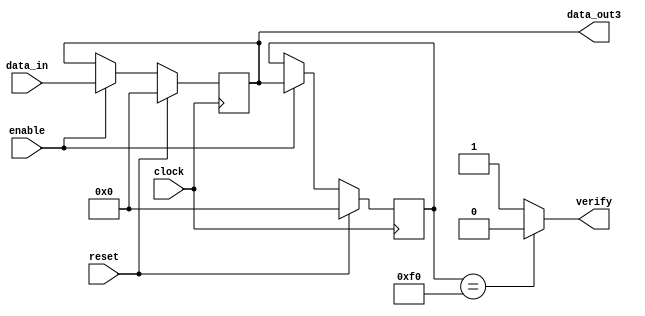
`timescale 1ns / 1ps

module shift_reg_8bit_3loc(
    input wire clock,
    input wire reset,
    input wire enable,
    input wire [7:0] data_in,
    //output wire [7:0] data_out1,
    //output wire [7:0] data_out2,
    output wire [7:0] data_out3,
    //output wire [7:0] data_out4,
    output wire verify
);
/*  SE MAI DECLARA UN OUT NECESAR PT FIECARE JOC IN PARTE DUPA NEVOIE
    SI VA FI CONECTAT UNU LA REG[1] UNU LA REG[0] 
    !!! A NU SE COMBINA MAI MULT DE DOUA TASTE PT UN JOC CA DUPA MA DOARE CAPU LA IMPLEMENTARE
    SI ASA NU STIU DACA O SA IMI IASA DA I OK 
    
    =========> MERGI LA INDICATIILE DIN VERIFICATION MODULE 
    
*/ 

    reg [7:0] register [2:0];  
   

    always @(posedge clock) begin
        if (reset) begin
            register[0] <= 8'b00000000;  
            register[1] <= 8'b00000000; 
            register[2] <= 8'b00000000;
        end else if (enable) begin
            register[0] <= data_in;       
            register[1] <= register[0];
            register[2] <= register[1];    
        end
    end

    
    //assign data_out1 = (register[1] == 8'b11110000) ? 1 : 0;  
    //assign data_out2 = (register[0] == 8'b00011100) ? 1 : 0;
    //assign data_out1 = register[0]; 
    //assign data_out2 = register[1];
    assign data_out3 = register[0]; 
    //assign data_out4 = register[1];  // PENTRU MONITOR VGA DE SCHIMBAT DIN REG[2] IN REG[0] PT A REZOLVA PROBLEMA CU ECRANU(SE APRINDE PT PUTIN TIMP IN CULOAREA PRECEDENTA CELEI PE CARE SE APASA IN MOMENTUL RESPECTIV) 
    assign verify = (register[1] == 8'b11110000) ? 0 : 1;
endmodule